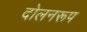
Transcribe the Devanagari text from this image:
दोलनरूप